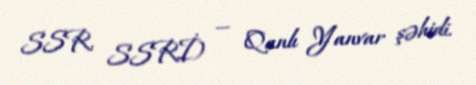
SSR, SSRİ) — Qanlı Yanvar şəhidi.